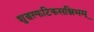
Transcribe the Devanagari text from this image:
शुद्धस्फटिकसन्निभम्